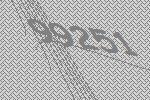
99251